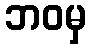
ဘဝမှ